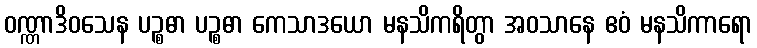
ဝဏ္ဏာဒိဝသေန ပဉ္စဓာ ပဉ္စဓာ ကေသာဒယော မနသိကရိတွာ အဝသာနေ ဧဝံ မနသိကာရော